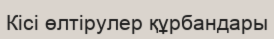
Кісі өлтірулер құрбандары